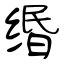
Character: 缗